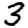
Digit: 3